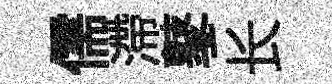
儒滯鼕长